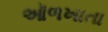
ઑળખાતા